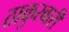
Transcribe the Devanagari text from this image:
ठाकुरबारी